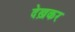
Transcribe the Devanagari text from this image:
देख़कर